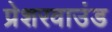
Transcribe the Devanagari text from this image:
प्रेशरवाउंड